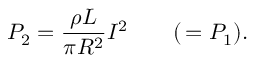
P _ { 2 } = \frac { \rho L } { \pi R ^ { 2 } } I ^ { 2 } \qquad ( \, = P _ { 1 } ) .